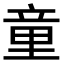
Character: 童